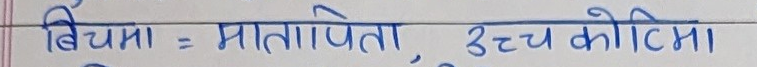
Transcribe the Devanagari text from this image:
बियमा : मातापिता, उच्च कोटिमा